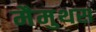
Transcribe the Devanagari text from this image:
मैमुथस